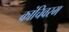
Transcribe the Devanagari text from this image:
कांचिवरम